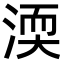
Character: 渜